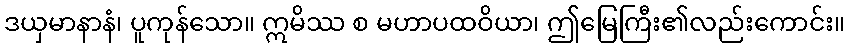
ဒယှမာနာနံ၊ ပူကုန်သော။ ဣမိဿ စ မဟာပထဝိယာ၊ ဤမြေကြီး၏လည်းကောင်း။